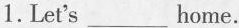
1. Let's___home.